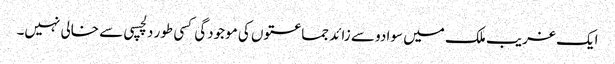
ایک غریب ملک میں سوا دو سے زائد جماعتوں کی موجودگی کسی طور دلچسپی سے خالی نہیں۔